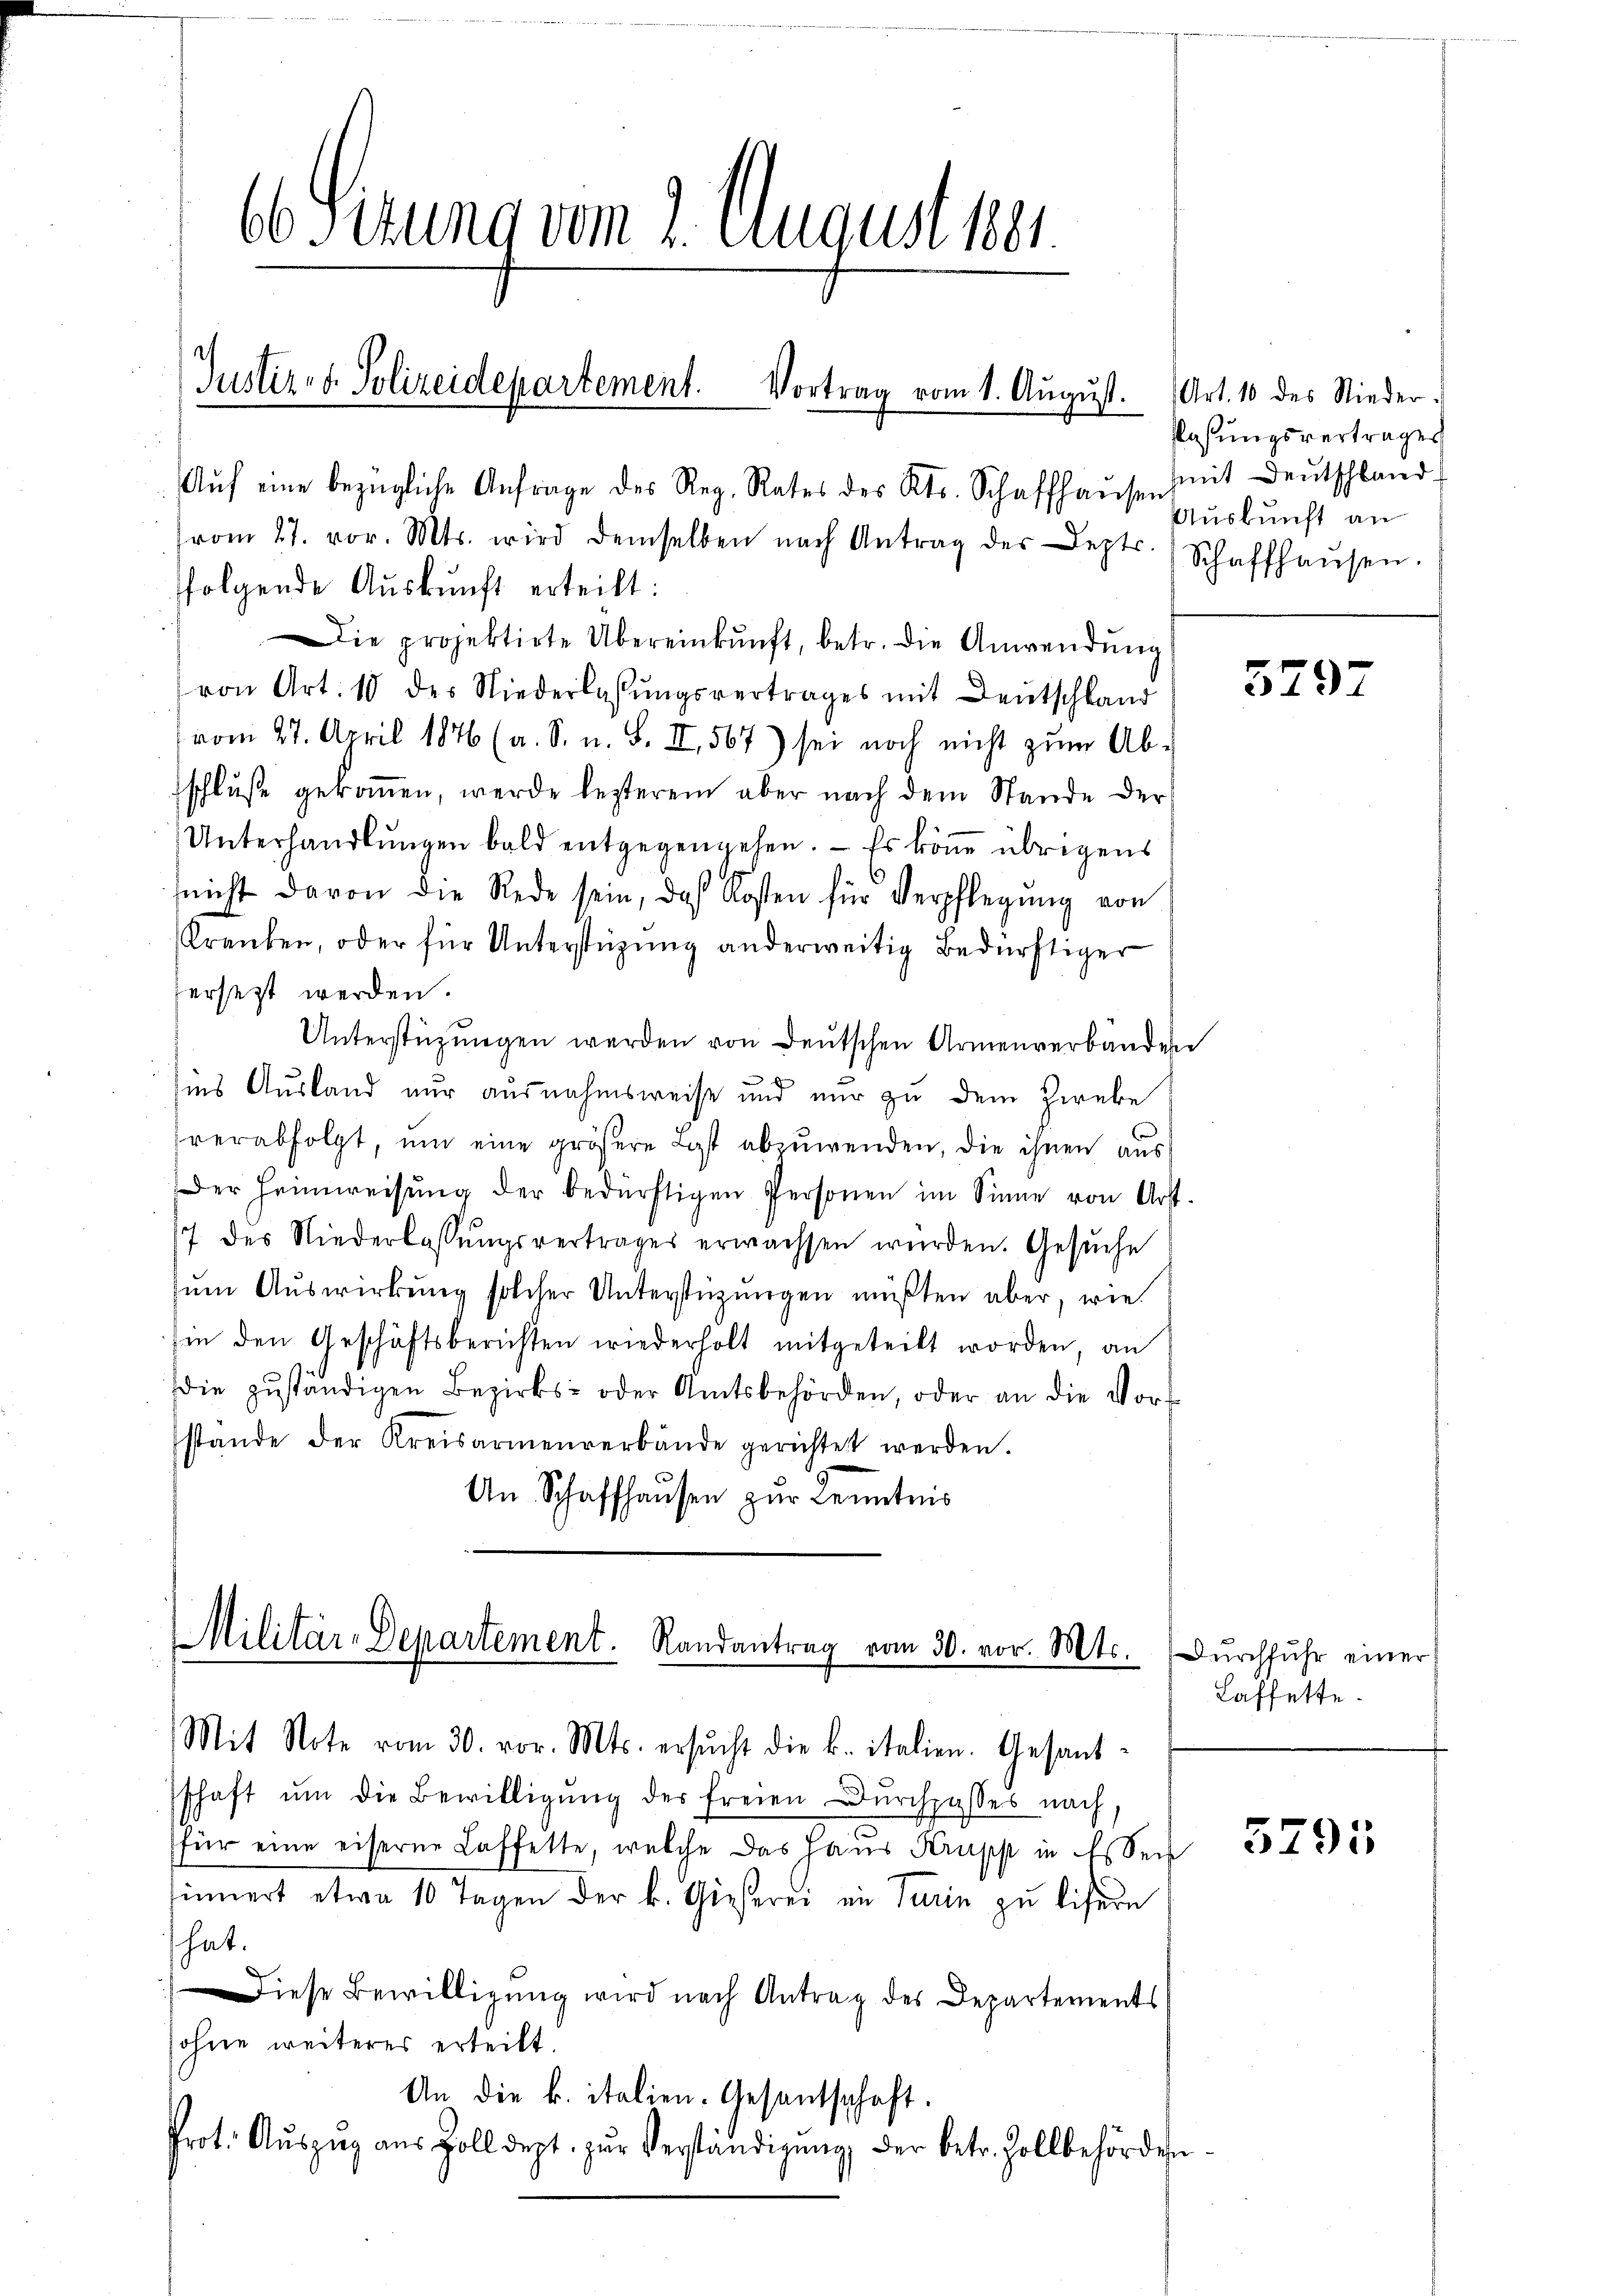
66Situng vom 2. August 1881

Justiz- & Polizeidepartement. Vortrag vom 1. Aŭgŭst. Art. 10 des Nieder-

Militär-Departement. Randantrag vom 30. vor. Mts. dŭrchfŭhr einer

Aŭf eine bezügliche Anfrage des Reg. Rates des Kts. Schaffhause mit Deutschland
vom 27. vor. Mts. wird demselben nach Antrag der Lezts. Schaffhaŭsen.
folgende Auskunft erteilt:
Die projektirte Übereinkunft, betr. die Anwendŭng
von Art. 10 des Niederlassŭngsvertrages mit Deutschland
vom 27. April 1876 (a. S. n. F. II, 567) sei noch nicht zum Ab-
schluße gekommen, werde lezterem aber nach dem Stande der
Unterhandlŭngen bald entgegengehen. - Es könne übrigens
(nicht davon die Rede sein, das Kosten für Verpflegŭng von
Kranken, oder für Unterstützung anderweitig bedürftiger
hersezt werden.
Unterstützŭngen werden von deutschen Armenverbanden
ins Ausland nur ausnahmsweise und nur zu dem Zweke
verabfolgt, um eine größere Last abzuwenden, die ihnen aus
Der Heimweisŭng der bedürftigen Personen im Sinne von Art.
17 des Niederlassŭngsvertrages erwachsen würden. Gesŭche
zum Auswirkung solcher Unterstüzungen müßten aber, wie
Ein den Geschäftsberichten wiederholt mitgeteilt worden, an
die zŭständigen Bezirks- oder Amtsbehörden, oder an die Vor-
stande der Kreisarmenverbände gerichtet werden.
An Schaffhausen zŭr Kenntnis

flassungsvertrages
Auskunft an

Mit Note vom 30. vor. Mts. ersŭcht die k. italien. Gesandschaft ŭm die Bewilligŭng der freien Durchgasses nach,
für eine eiserne Laffette, welche das Haus Krupp in Essen
sinnert etwa 10 Tagen der k. Gieserei in Turin zu lisern
hat.
Diese Bewilligung wird nach Antrag des Departements
ohne weiteres erteilt.
An die k. italien-Gesantschaft.
Prot. Aŭszŭg aŭs Zolldept. zŭr Verständigŭng der betr. Zollbehörden

5797

Laffette.

5791